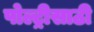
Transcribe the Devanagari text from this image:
पोल्ट्रीसाठी